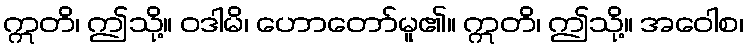
ဣတိ၊ ဤသို့။ ဝဒါမိ၊ ဟောတော်မူ၏။ ဣတိ၊ ဤသို့။ အဝေါစ၊